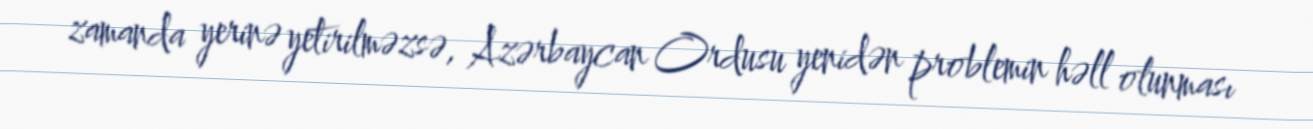
zamanda yerinə yetirilməzsə, Azərbaycan Ordusu yenidən problemin həll olunması